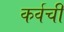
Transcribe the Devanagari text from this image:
कर्वची